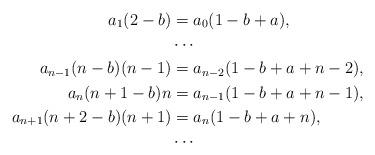
LaTeX: \begin{align*}a_1 (2 - b)& = a_0 (1 - b + a), \\&\cdots \\a_{n-1} (n - b)(n-1) &= a_{n-2} (1-b+a+n-2), \\a_n (n + 1 - b)n & = a_{n-1} (1 - b + a + n -1), \\a_{n+1}(n+2-b)(n + 1)& = a_n(1-b+a+n), \\&\cdots \end{align*}